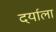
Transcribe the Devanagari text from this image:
दर्याला